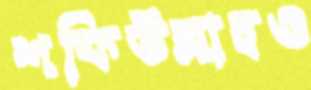
শফিউল্লাহও